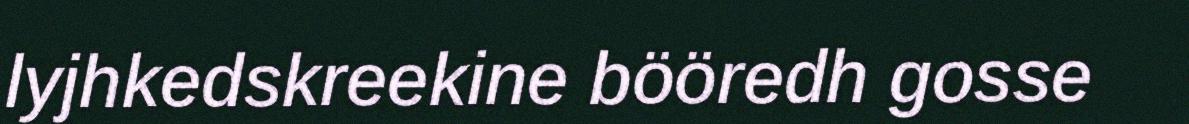
lyjhkedskreekine bööredh gosse